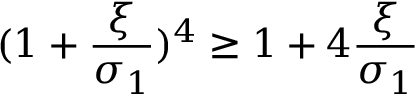
{ ( 1 + \frac { \xi } { \sigma _ { 1 } } ) ^ { 4 } \geq 1 + 4 \frac { \xi } { \sigma _ { 1 } } }